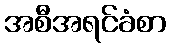
အစီအရင်ခံစာ